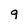
Character: q